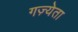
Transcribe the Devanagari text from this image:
गज़्येता